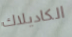
الكاديلاك